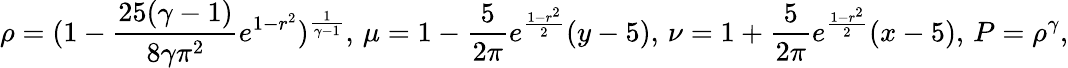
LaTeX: \rho=(1-\frac{25(\gamma-1)}{8\gamma\pi^{2}}e^{1-r^{2}})^{\frac{1}{\gamma-1}},\, \mu=1-\frac{5}{2\pi}e^{\frac{1-r^{2}}{2}}(y-5),\, \nu=1+\frac{5}{2\pi}e^{\frac{1-r^{2}}{2}}(x-5),\, P=\rho^{\gamma},